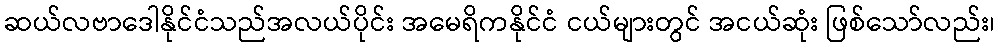
ဆယ်လဗာဒေါနိုင်ငံသည်အလယ်ပိုင်း အမေရိကနိုင်ငံ ငယ်များတွင် အငယ်ဆုံး ဖြစ်သော်လည်း၊